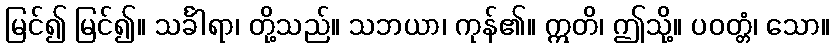
မြင်၍ မြင်၍။ သင်္ခါရာ၊ တို့သည်။ သဘယာ၊ ကုန်၏။ ဣတိ၊ ဤသို့။ ပဝတ္တံ၊ သော။